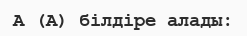
А (А) білдіре алады: